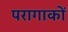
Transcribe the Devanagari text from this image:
परागाकों